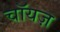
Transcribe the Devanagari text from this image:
चॉयज़